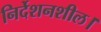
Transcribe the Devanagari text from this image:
निर्देशनशील।